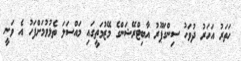
ހަތަރު އަހަރު ދުވަހު ސިންގަޕޫރު އާބިޓްރޭޝަންގެ މޭޒުމަތީގައި މައްސަލަ ތެޅުވުމަށްފަހު އެ ވަނީ